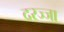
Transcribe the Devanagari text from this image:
दरज्जा